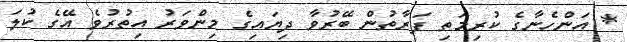
* އަންހެނާގެ ކުރިމަތި ފަރާތުން ބޭރުވާ ދިޔައިގެ މިންވަރު އިތުރުވެ އޭގެ ކުލަ